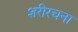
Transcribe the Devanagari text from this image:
शरीरचना